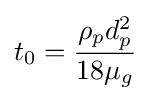
t_{0}={\frac {\rho _{p}d_{p}^{2}}{18\mu _{g}}}